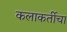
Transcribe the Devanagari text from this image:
कलाकर्तीचा